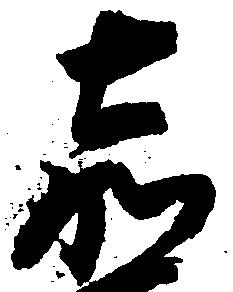
嘉